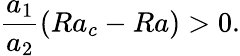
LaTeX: \frac{a_{1}}{a_{2}}\left(Ra_{c}-Ra\right)>0.